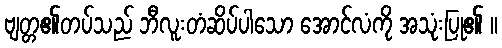
ဗျတ္တ၏တပ်သည် ဘီလူးတံဆိပ်ပါသော အောင်လံကို အသုံးပြု၏ ။